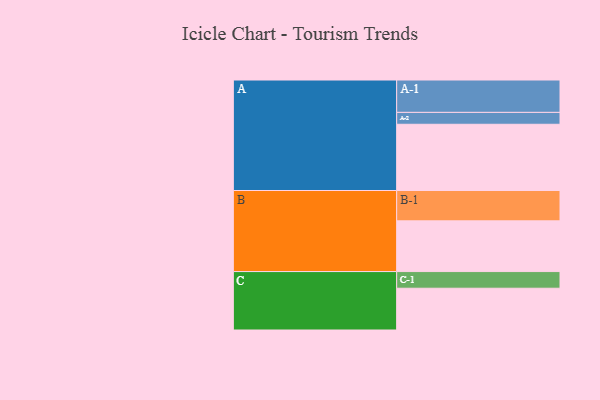
{"axis": {"x": "Segment", "y": "Value"}, "legend": ["", "A", "B", "C"], "data": [{"x": "A", "y": 585, "type": ""}, {"x": "B", "y": 448, "type": ""}, {"x": "C", "y": 369, "type": ""}, {"x": "A-1", "y": 286, "type": "A"}, {"x": "A-2", "y": 105, "type": "A"}, {"x": "B-1", "y": 268, "type": "B"}, {"x": "C-1", "y": 147, "type": "C"}]}